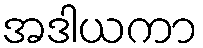
အဒါယကာ